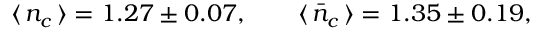
\langle \, n _ { c } \, \rangle = 1 . 2 7 \pm 0 . 0 7 , \qquad \langle \, \bar { n } _ { c } \, \rangle = 1 . 3 5 \pm 0 . 1 9 ,